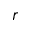
r